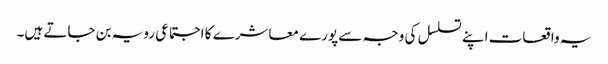
یہ واقعات اپنے تسلسل کی وجہ سے پورے معاشرے کا اجتماعی رویہ بن جاتے ہیں۔